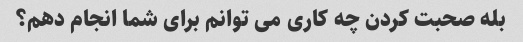
بله صحبت کردن چه کاری می توانم برای شما انجام دهم؟